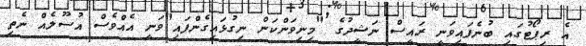
އެ ރިޕޯޓުގައި ބުނެފައިވަނީ ރައީސް ނަޝީދުގެ "މިނިވަންކަން ނިގުޅައިގެންފައި"ވަނީ އެއްވެސް އުސޫލެއް ނެތި